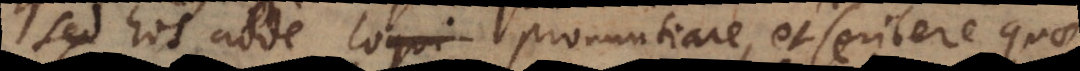
ed his adde loqui pronuntiare, et scribere quae